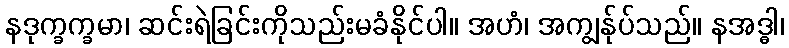
နဒုက္ခက္ခမာ၊ ဆင်းရဲခြင်းကိုသည်းမခံနိုင်ပါ။ အဟံ၊ အကျွန်ုပ်သည်။ နအဒ္ဓါ၊